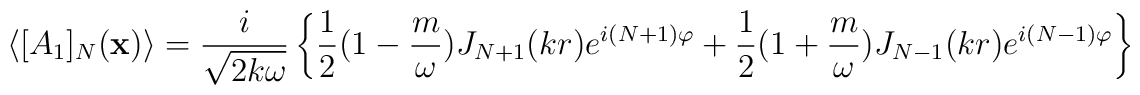
\langle[A_1]_N({\bf x})\rangle =\frac{i}{\sqrt{2k\omega}}\left\{\frac{1}{2}(1 -\frac{m}{\omega})J_{N+1}(kr)e^{i(N+1)\varphi} + \frac{1}{2}(1 +\frac{m}{\omega})J_{N-1}(kr)e^{i(N-1)\varphi}\right\}